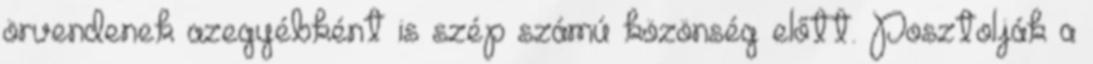
örvendenek azegyébként is szép számú közönség előtt. Posztolják a